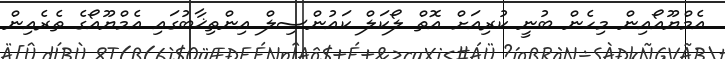
އެމްޔޫއޯއިން މިހެން ބުނީ ކުރިއަށް އޮތް ލޯކަލް ކައުންސިލް އިންތިޚާބުގައި އެމްޔޫއޯގެ ތެރެއިން